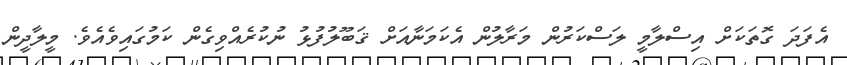
އެފަދަ ގޮތަކަށް އިސްލާމީ ލަސްކަރުން މަރާލުން އެކަމަނާއަށް ޤަބޫލުފުޅު ނުކުރެއްވިގެން ކަމުގައިވެއެވެ. މީލާދީން